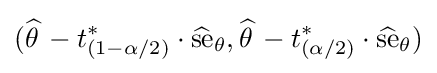
({\widehat {\theta \,}}-t_{(1-\alpha /2)}^{*}\cdot {\widehat {\text{se}}}_{\theta },{\widehat {\theta \,}}-t_{(\alpha /2)}^{*}\cdot {\widehat {\text{se}}}_{\theta })